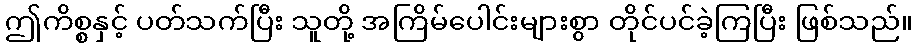
ဤကိစ္စနှင့် ပတ်သက်ပြီး သူတို့ အကြိမ်ပေါင်းများစွာ တိုင်ပင်ခဲ့ကြပြီး ဖြစ်သည်။